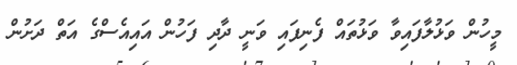
މީހުން ވަޅުލާފައިވާ ވަޅުތައް ފެނިފައި ވަނީ ދާދި ފަހުން އައިއެސްގެ އަތް ދަށުން